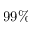
9 9 \%